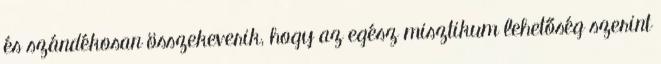
és szándékosan összekeverik, hogy az egész miszti­kum lehetőség szerint